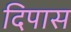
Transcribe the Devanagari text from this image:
दिपास